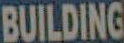
BUILDING